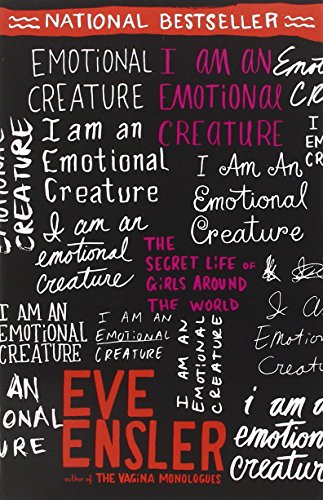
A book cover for I Am an Emotional Creature: The Secret Life of Girls Around the World; Eve Ensler; Health, Fitness & Dieting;